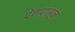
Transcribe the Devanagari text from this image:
पेणपासून